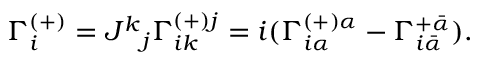
\Gamma _ { i } ^ { ( + ) } = J ^ { k } { } _ { j } \Gamma _ { i k } ^ { ( + ) j } = i ( \Gamma _ { i \alpha } ^ { ( + ) \alpha } - \Gamma _ { i \bar { \alpha } } ^ { + \bar { \alpha } } ) .